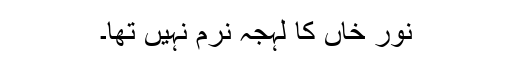
نور خاں کا لہجہ نرم نہیں تھا۔